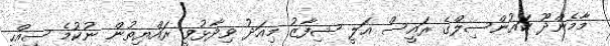
މާމެންދޫ ކައުންސިލްގެ ރައީސް އަލީ ޝިފާޒު މިއަދު ވިދާޅުވީ ރައްޔިތުން ނުކުމެ ސިއްހީ